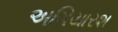
અગિયારશ